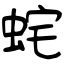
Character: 䖳